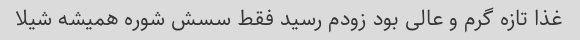
غذا تازه گرم و عالى بود زودم رسید فقط سسش شوره همیشه شیلا